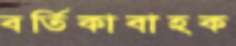
বর্তিকাবাহক